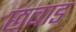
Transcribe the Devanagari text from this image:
छबाड